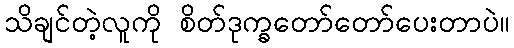
သိချင်တဲ့လူကို စိတ်ဒုက္ခတော်တော်ပေးတာပဲ။